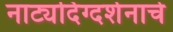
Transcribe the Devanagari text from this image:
नाट्यदिग्दर्शनाचे